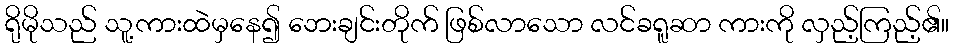
ရိုမိုသည် သူ့ကားထဲမှနေ၍ ဘေးချင်းတိုက် ဖြစ်လာသော လင်ခရူဆာ ကားကို လှည့်ကြည့်၏။